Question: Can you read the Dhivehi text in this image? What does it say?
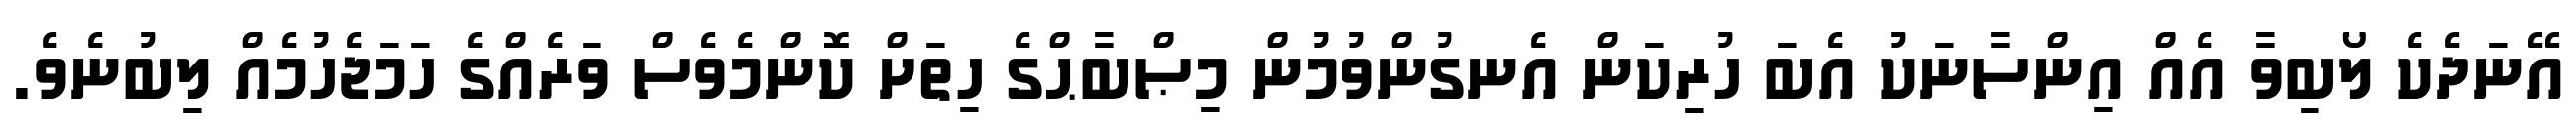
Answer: އޭނަދެކެ ލޯބިވާ އެއް އިންސާނަކު އެބަ ހުރިކަން އެނގުންވުމުން މިޞްބާޙްގެ ހިތަށް ކޮންމެވެސް ވަރެއްގެ ހަމަޖެހުމެއް ލިބުނެވެ.